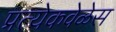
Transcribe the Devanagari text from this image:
प्रत्येकवेळेस